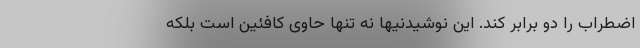
اضطراب را دو برابر کند. این نوشیدنیها نه تنها حاوی کافئین است بلکه